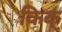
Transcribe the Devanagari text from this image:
किक्